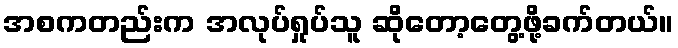
အစကတည်းက အလုပ်ရှုပ်သူ ဆိုတော့တွေ့ဖို့ခက်တယ်။